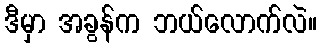
ဒီမှာ အခွန်က ဘယ်လောက်လဲ။